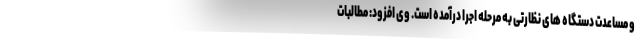
و مساعدت دستگاه های نظارتی به مرحله اجرا درآمده است. وی افزود: مطالبات